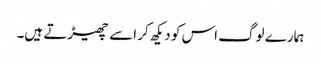
ہمارے لوگ اس کو دیکھ کر اسے چھیڑتے ہیں۔